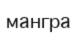
мангра